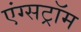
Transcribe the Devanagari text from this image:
एंग्सट्रॉम